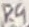
Text: R9